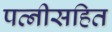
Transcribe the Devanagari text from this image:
पत्नीसहित